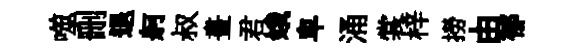
噬删退舸叔畫君娥卑涌裳梓撈由郁